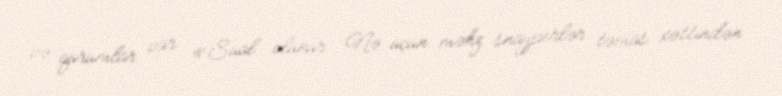
və qurumlar var: «Sual olunur: Nə üçün məhz snayperlər təmas xəttindən